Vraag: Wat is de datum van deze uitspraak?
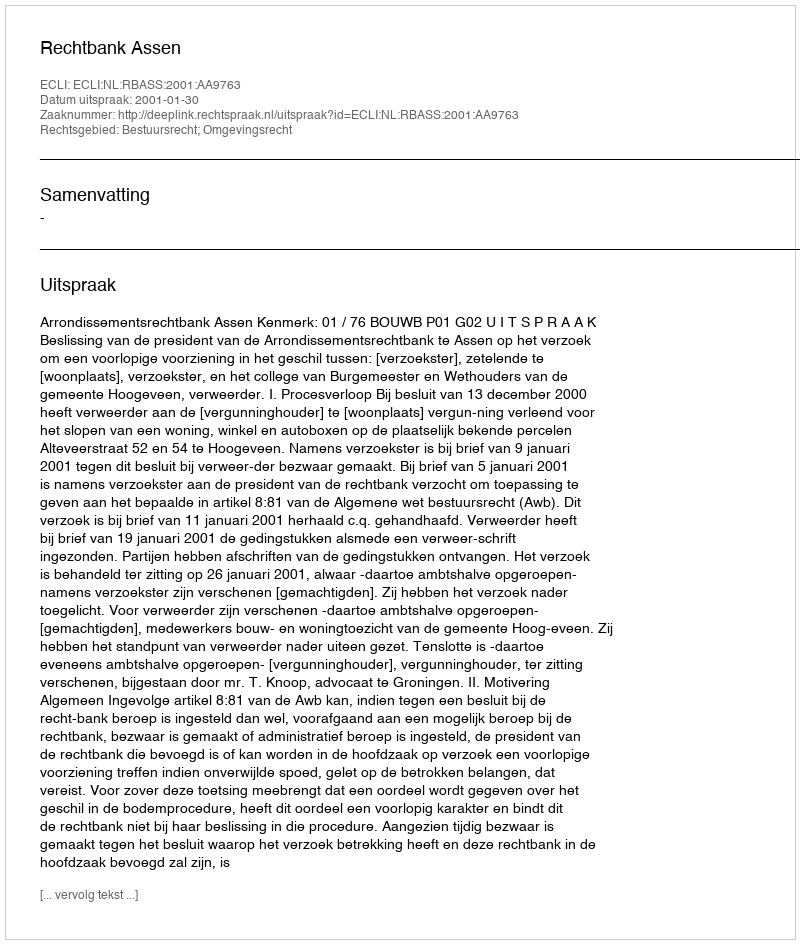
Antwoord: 2001-01-30